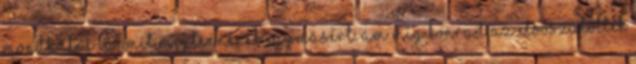
mondhatni bármit megtennének egymásért. Ám míg Konrad az elsőszülöttek